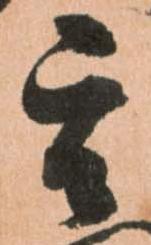
其